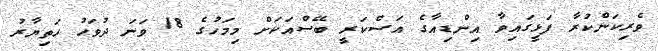
ވެރިކަންކުރާ ފަޅީގައިވާ އިންޑިއާގެ އަސްކަރީ ބޭސްއަކަށް މިމަހުގެ 18 ވަނަ ދުވަހު ހަތިޔާރު